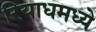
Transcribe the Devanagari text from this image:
रियाधमध्ये